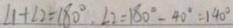
\angle 1 + \angle 2 = 1 8 0 ^ { \circ } , \angle 2 = 1 8 0 ^ { \circ } - 4 0 ^ { \circ } = 1 4 0 ^ { \circ }